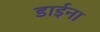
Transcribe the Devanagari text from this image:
डाईना